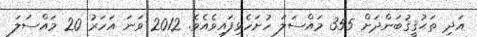
އަދި ތަޙުޤީޤުބަންދަށް 355 މައްސަލަ ހުށަހެޅިފައިވެއެވެ. 2012 ވަނަ އަހަރު 20 މައްސަލަ